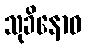
သုခိနောဝ